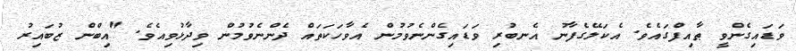
ވަޑައިގެންވީ ޠާއިފްގައެވެ. އެކަލޭގެފާނު އެނބުރި ވަޑައިގެންނެވުމުން އެވާހަކަތައް ދެންނެވުމުން ވިދާޅުވިއެވެ. "އިބްން ޒުބައިރު